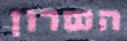
השרון